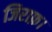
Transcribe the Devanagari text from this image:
जिराफ़।